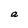
Character: a